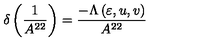
\delta \left( \frac { 1 } { A ^ { 2 2 } } \right) = \frac { - \Lambda \left( \varepsilon , u , v \right) } { A ^ { 2 2 } }